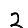
Digit: 2